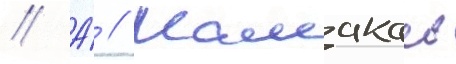
// А́ // Мамакаев